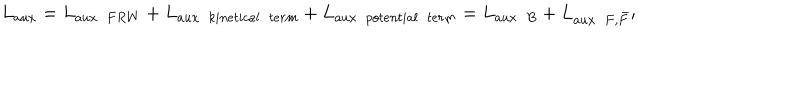
LaTeX: L _ { a u x } = L _ { a u x ~ ~ F R W } + L _ { a u x ~ ~ k i n e t i c a l ~ ~ t e r m } + L _ { a u x ~ ~ p o t e n t i a l ~ ~ t e r m } = L _ { a u x ~ ~ B } + L _ { a u x ~ ~ F , \bar { F } } ;